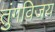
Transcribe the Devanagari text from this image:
तुंगविजय